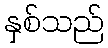
နှစ်သည်